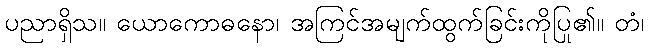
ပညာရှိသ။ ယောကောဓနော၊ အကြင်အမျက်ထွက်ခြင်းကိုပြု၏။ တံ၊